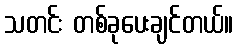
သတင်း တစ်ခုပေးချင်တယ်။